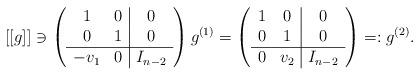
LaTeX: \begin{align*}[[g]] \ni \left(\begin{array}{cc|c}1 & 0 & 0 \\0 & 1 & 0 \\ \hline-v_1 & 0 & I_{n-2} \end{array} \right) g^{(1)} = \left(\begin{array}{cc|c}1 & 0 & 0 \\0 & 1 & 0 \\ \hline0 & v_2 & I_{n-2} \end{array} \right) =: g^{(2)} . \end{align*}